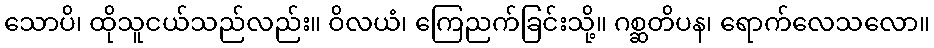
သောပိ၊ ထိုသူငယ်သည်လည်း။ ဝိလယံ၊ ကြေညက်ခြင်းသို့။ ဂစ္ဆတိပန၊ ရောက်လေသလော။